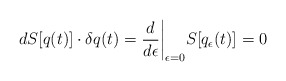
\begin{align*}dS[q(t)] \cdot \delta q(t)=\frac{d}{d\epsilon} \bigg|_{\epsilon=0}S[q_\epsilon(t)]=0\end{align*}